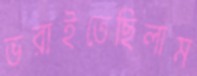
ভরাইতেছিলাম